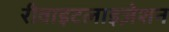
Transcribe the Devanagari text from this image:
रीवाइटलाइज़ेशन